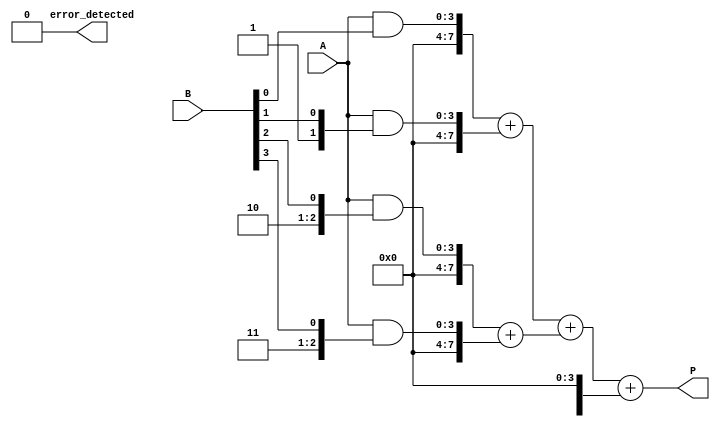
module FaultTolerantWallaceTreeMultiplier #(parameter N = 4) (
    input [N-1:0] A,
    input [N-1:0] B,
    output reg [2*N-1:0] P,
    output reg error_detected
);

    // Internal signals for partial products, sum and carry
    reg [2*N-1:0] partial_product [0:N-1];
    wire [2*N-1:0] sum [0:N-1];
    wire [2*N-1:0] carry [0:N-1];
    wire [2*N-1:0] P_final;
    wire [2*N-1:0] P_redundant;

    // Generate partial products
    genvar i, j;
    generate
        for (i = 0; i < N; i = i + 1) begin : PARTIAL_PRODUCT_GEN
            assign partial_product[i] = A & { {N{i}}, B[i] }; // AND operation
        end
    endgenerate

    // Wallace tree reduction - Level 1
    wire [2*N-1:0] level1_sum [0:N/2-1];
    wire [2*N-1:0] level1_carry [0:N/2-1];
    generate
        for (j = 0; j < (N+1)/2; j = j + 1) begin : WALLACE_LEVEL1
            if (j < N/2) begin
                // Full adder for pairs and carry for odd indexed
                assign {level1_carry[j], level1_sum[j]} = partial_product[2*j] + partial_product[2*j + 1];
            end else if (N % 2 != 0) begin
                assign level1_sum[j] = partial_product[N-1];
            end
        end
    endgenerate

    // Wallace tree reduction - Level 2
    wire [2*N-1:0] level2_sum [0:1];
    wire [2*N-1:0] level2_carry [0:1];
    generate
        for (j = 0; j < (N/2+1)/2; j = j + 1) begin : WALLACE_LEVEL2
            if (j < (N/2)/2) begin
                assign {level2_carry[j], level2_sum[j]} = level1_sum[2*j] + level1_sum[2*j + 1];
            end else if ((N/2) % 2 != 0) begin
                assign level2_sum[j] = level1_sum[N/2 - 1];
            end
        end
    endgenerate

    // Final addition using redundant adders
    wire [2*N-1:0] final_sum1, final_carry1;
    wire [2*N-1:0] final_sum2, final_carry2;
    wire [2*N-1:0] final_sum3, final_carry3;

    assign {final_carry1, final_sum1} = level2_sum[0] + level2_sum[1];
    assign {final_carry2, final_sum2} = level2_sum[0] + level2_sum[1]; // Redundant adder
    assign {final_carry3, final_sum3} = level2_sum[0] + level2_sum[1]; // Third redundant adder

    // Majority voting for final output
    always @(*) begin
        if ((final_sum1 == final_sum2) || (final_sum1 == final_sum3)) begin
            P = final_sum1; // Majority
            error_detected = 0;
        end else if ((final_sum2 == final_sum3)) begin
            P = final_sum2; // Majority
            error_detected = 0;
        end else begin
            P = 0; // Error condition
            error_detected = 1;
        end
    end

endmodule